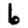
Digit: 6